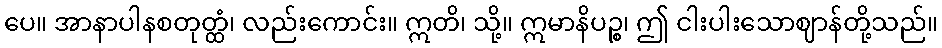
ပေ။ အာနာပါနစတုတ္ထံ၊ လည်းကောင်း။ ဣတိ၊ သို့။ ဣမာနိပဉ္စ၊ ဤ ငါးပါးသောဈာန်တို့သည်။